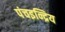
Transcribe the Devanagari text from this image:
पंचइन्द्रिय